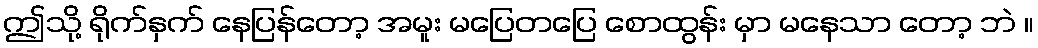
ဤသို့ ရိုက်နှက် နေပြန်တော့ အမူး မပြေတပြေ စောထွန်း မှာ မနေသာ တော့ ဘဲ ။